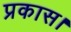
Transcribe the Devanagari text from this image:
प्रकास।